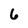
Character: 6